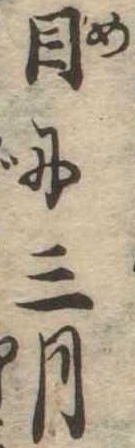
目に三月